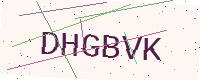
Text: DHGBVK